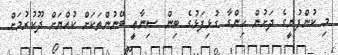
މި ކުންފުނީގެ ދަށުން ހިންގާ ގުޅިފަޅުގެ ބިން ޞިނާޢީ ބޭނުންތަކަށް ކުއްޔަށް ދޫކުރުމަށް